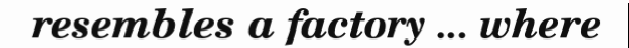
resembles a factory ... where